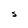
Character: S